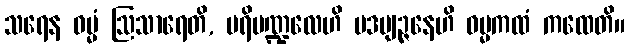
သရေန ဓမ္မံ ဩသာရေတိ, ပရိမဏ္ဍလေဟိ ပဒဗျဉ္ဇနေဟိ ဓမ္မကထံ ကထေတိ။